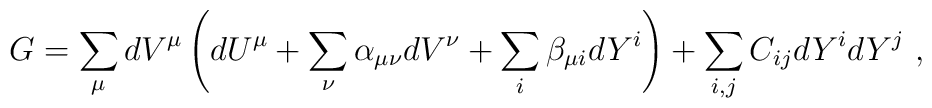
G = \sum_\mu dV^\mu \left(dU^\mu + \sum_\nu \alpha_{\mu \nu} dV^\nu  + \sum_i \beta_{\mu i} dY^i\right) + \sum_{i,j} C_{ij} dY^i dY^j~,